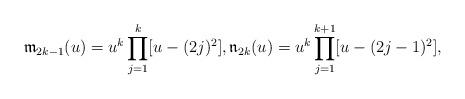
LaTeX: \begin{align*}\mathfrak{m}_{2k-1}(u)=u^k \prod _{j=1}^k[u-(2j)^2],\mathfrak n_{2k}(u)=u^k \prod _{j=1}^{k+1}[u-(2j-1)^2],\end{align*}